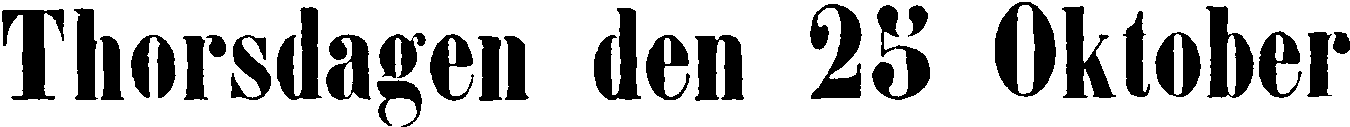
Thorsdagen den 25 Oktober